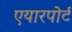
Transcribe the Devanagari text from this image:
एयारपोर्ट